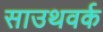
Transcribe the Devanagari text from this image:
साउथवर्क